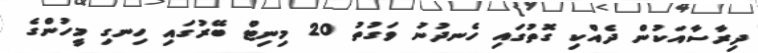
ދިރާސާއަކުން ދެއްކި ގޮތުގައި ހެނދުނު ވަގުތު 20 މިނިޓް ބޭރުގައި ހިނގި މީހުންގެ